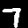
Label: 7